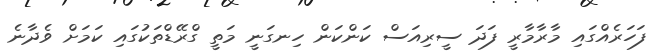
ފަހަރެއްގައި މާރާމާރީ ފަދަ ސީރިއަސް ކަންކަން ހިނގަނީ މަތީ ގްރޭޑްތަކުގައި ކަމަށް ވެދާނެ